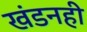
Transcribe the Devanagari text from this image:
खंडनही